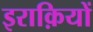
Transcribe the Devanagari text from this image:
इराक़ियों